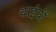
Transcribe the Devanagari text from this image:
थाईयों